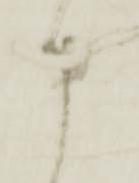
申